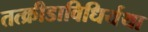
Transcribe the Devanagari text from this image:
तत्क्रीडाविधिर्यथा